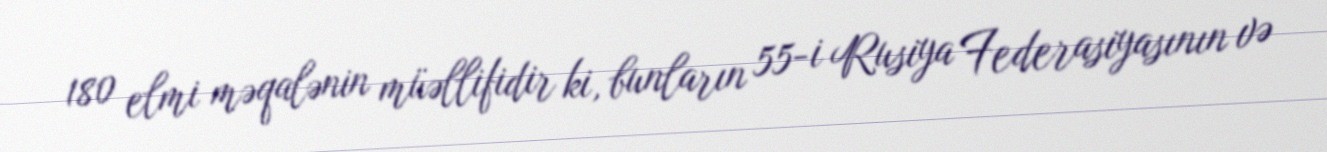
180 elmi məqalənin müəllifidir ki, bunların 55-i Rusiya Federasiyasının və